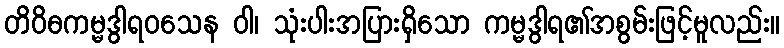
တိဝိဓကမ္မဒွါရဝသေန ဝါ၊ သုံးပါးအပြားရှိသော ကမ္မဒွါရ၏အစွမ်းဖြင့်မူလည်း။